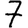
Digit: 7